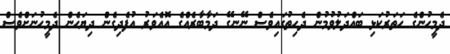
ދެމީހުންގެ ހަތަރުކަޅި ބައްދަލުވުމުން ދެހިތުގައިވެސް ނޭނގޭ ދަމާބާރެއްގެ އޮއެވަރު އުފެދިގެން ދިޔަހެން ދެމީހުނަށްވެސް